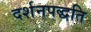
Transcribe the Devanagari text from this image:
दर्शनपद्धति